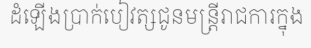
ដំឡើងប្រាក់បៀវត្សជូនមន្ត្រីរាជការក្នុង